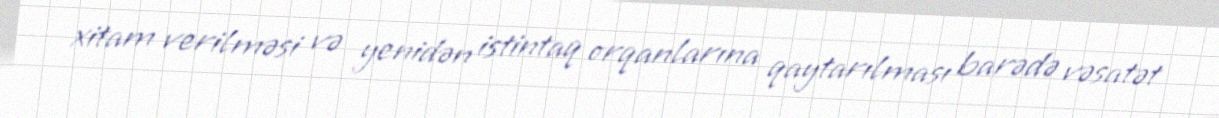
xitam verilməsi və yenidən istintaq orqanlarına qaytarılması barədə vəsatət